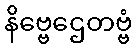
နိဗ္ဗေဌေတဗ္ဗံ